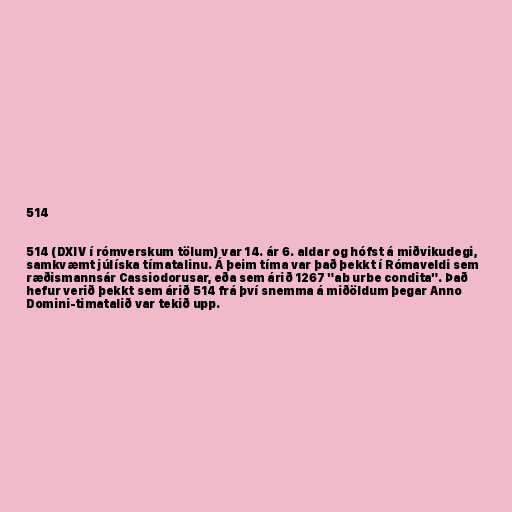
514

514 (DXIV í rómverskum tölum) var 14. ár 6. aldar og hófst á miðvikudegi,
samkvæmt júlíska tímatalinu. Á þeim tíma var það þekkt í Rómaveldi sem
ræðismannsár Cassiodorusar, eða sem árið 1267 "ab urbe condita". Það
hefur verið þekkt sem árið 514 frá því snemma á miðöldum þegar Anno
Domini-timatalið var tekið upp.